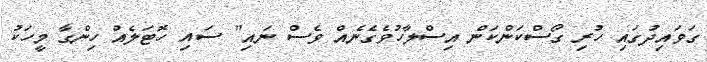
ގަވައިދުގައި ހުރި ގޯސްކަންކަން އިސްލާހުވެގެނެއް ވެސް ނައި" ސައި ހޮޓަލެއް ހިންގާ މީހަކު